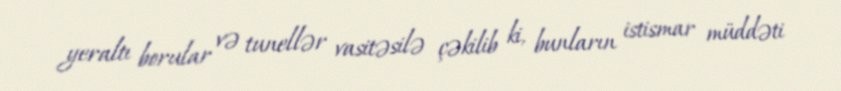
yeraltı borular və tunellər vasitəsilə çəkilib ki, bunların istismar müddəti